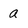
Character: a